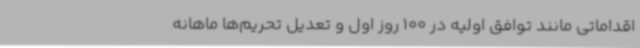
اقداماتی مانند توافق اولیه در 100 روز اول و تعدیل تحریم‌ها ماهانه